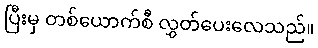
ပြီးမှ တစ်ယောက်စီ လွှတ်ပေးလေသည်။